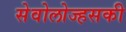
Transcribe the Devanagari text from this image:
सेवोलोज्हसकी